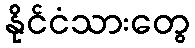
နိုင်ငံသားတွေ